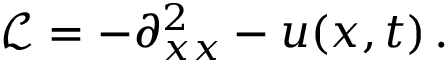
\mathcal { L } = - \partial _ { x x } ^ { 2 } - u ( x , t ) \, .